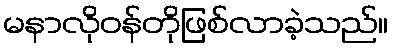
မနာလိုဝန်တိုဖြစ်လာခဲ့သည်။